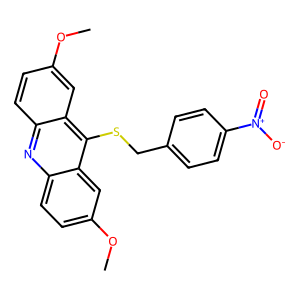
SMILES: COc1ccc2nc3ccc(OC)cc3c(SCc3ccc([N+](=O)[O-])cc3)c2c1
Inhibits HIV replication: No